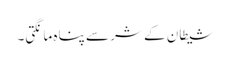
شیطان کے شر سے پناہ مانگتی۔